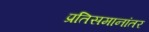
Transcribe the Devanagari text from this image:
प्रतिसमानांतर